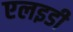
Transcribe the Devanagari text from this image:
एलइडी